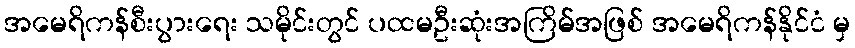
အမေရိကန်စီးပွားရေး သမိုင်းတွင် ပထမဦးဆုံးအကြိမ်အဖြစ် အမေရိကန်နိုင်ငံ မှ